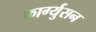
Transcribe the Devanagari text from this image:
फार्ग्युसन